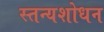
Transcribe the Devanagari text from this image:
स्तन्यशोधन